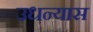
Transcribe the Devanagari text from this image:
उधन्यास